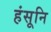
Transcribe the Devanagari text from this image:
हंसूनि